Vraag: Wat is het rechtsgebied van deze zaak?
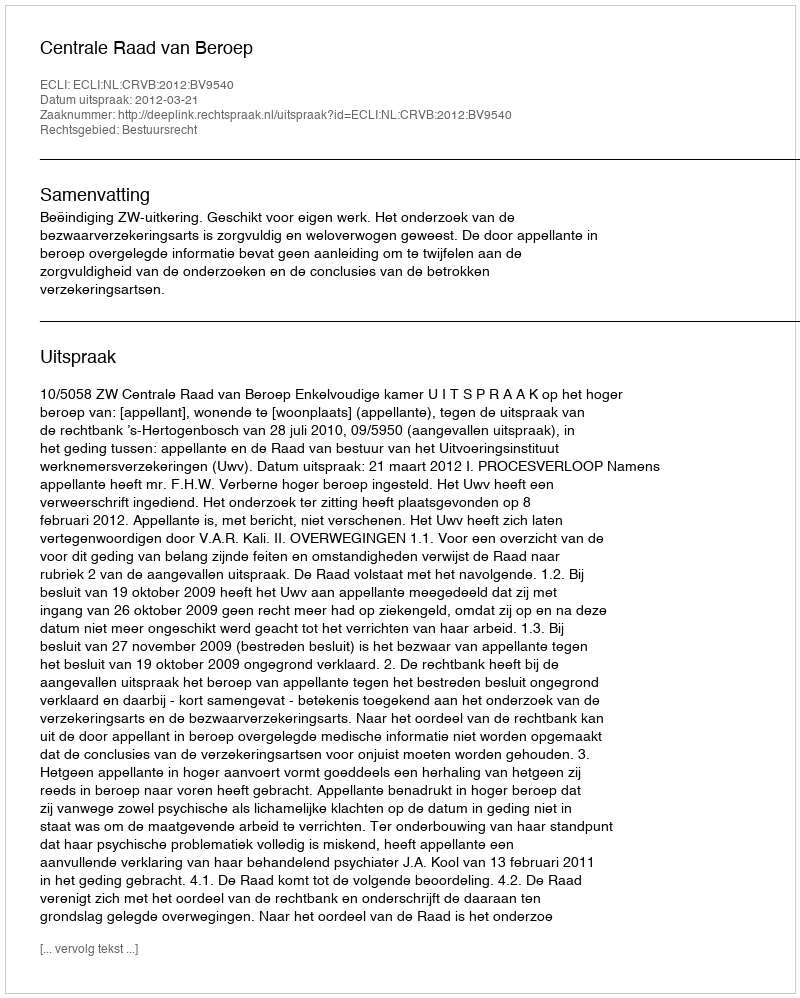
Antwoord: Bestuursrecht